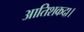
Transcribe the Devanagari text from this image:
आतिशकदा।